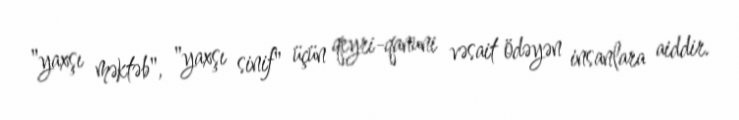
"yaxşı məktəb", "yaxşı sinif" üçün qeyri-qanuni vəsait ödəyən insanlara aiddir.